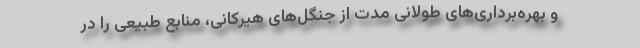
و بهره‌برداری‌های طولانی مدت از جنگل‌های هیرکانی، منابع طبیعی را در